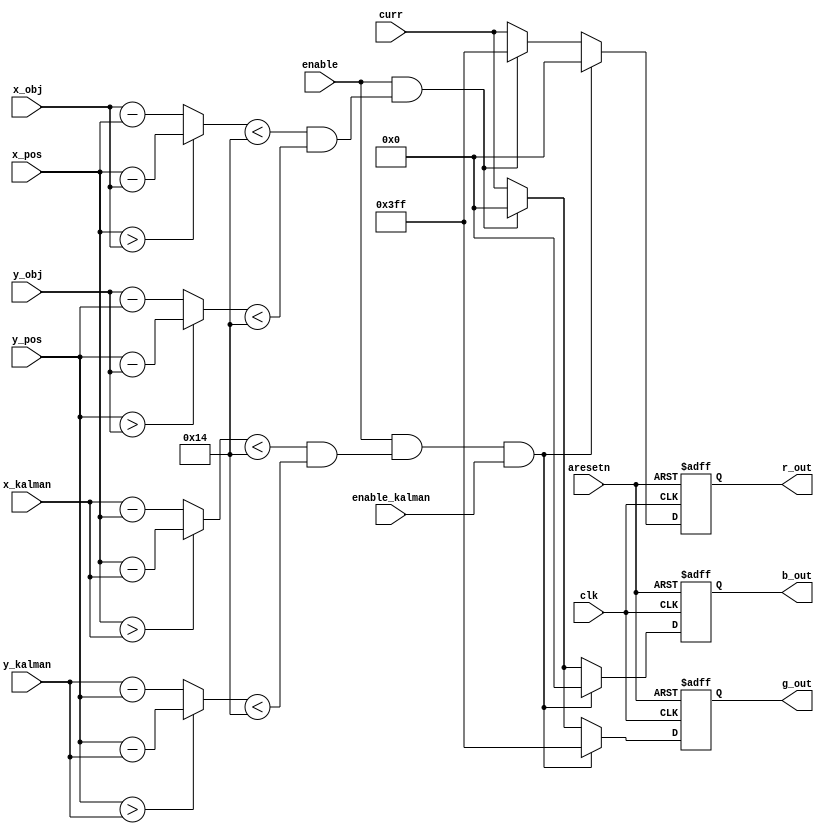
module color_position # (
	parameter THRESHOLD   = 20,
	parameter COLOR_WIDTH = 10,
	parameter DISP_WIDTH  = 11
)(
	input wire clk, 
	input wire aresetn,
	input wire enable,
	input wire enable_kalman,
	input wire [(COLOR_WIDTH-1):0] curr,
	input wire [(DISP_WIDTH-1):0] x_pos,
	input wire [(DISP_WIDTH-1):0] y_pos,
	input wire [(DISP_WIDTH-1):0] x_obj,
	input wire [(DISP_WIDTH-1):0] y_obj,
	input wire [(DISP_WIDTH-1):0] x_kalman,
	input wire [(DISP_WIDTH-1):0] y_kalman,
	output wire [(COLOR_WIDTH-1):0] r_out,
	output wire [(COLOR_WIDTH-1):0] g_out,
	output wire [(COLOR_WIDTH-1):0] b_out
);
wire 					vga_is_object;
wire [(DISP_WIDTH-1):0] x_diff;
wire [(DISP_WIDTH-1):0] y_diff;
wire 					vga_is_kalman;
wire [(DISP_WIDTH-1):0] x_diff2;
wire [(DISP_WIDTH-1):0] y_diff2;
reg [(COLOR_WIDTH-1):0] int_r_out;
reg [(COLOR_WIDTH-1):0] int_g_out;
reg [(COLOR_WIDTH-1):0] int_b_out;
assign r_out = int_r_out;
assign g_out = int_g_out;
assign b_out = int_b_out;
assign x_diff		 = (x_pos > x_obj) ? x_pos - x_obj : x_obj - x_pos;
assign y_diff		 = (y_pos > y_obj) ? y_pos - y_obj : y_obj - y_pos;
assign vga_is_object = (x_diff < THRESHOLD) & (y_diff < THRESHOLD);
assign x_diff2		 = (x_pos > x_kalman) ? x_pos - x_kalman : x_kalman - x_pos;
assign y_diff2		 = (y_pos > y_kalman) ? y_pos - y_kalman : y_kalman - y_pos;
assign vga_is_kalman = (x_diff2 < THRESHOLD) & (y_diff2 < THRESHOLD);
always @(posedge clk or negedge aresetn) begin
	if (~aresetn)
		begin
			int_r_out <= 'd0;
			int_g_out <= 'd0;
			int_b_out <= 'd0;			
		end
	else if (enable & vga_is_kalman & enable_kalman)
		begin
			int_r_out <= {COLOR_WIDTH {1'b0}};
			int_g_out <= {COLOR_WIDTH {1'b1}};
			int_b_out <= {COLOR_WIDTH {1'b0}};
		end
	else if (enable & vga_is_object)
		begin
			int_r_out <= {COLOR_WIDTH {1'b1}};
			int_g_out <= {COLOR_WIDTH {1'b0}};
			int_b_out <= {COLOR_WIDTH {1'b0}};
		end
	else
		begin
			int_r_out <= curr;
			int_g_out <= curr;
			int_b_out <= curr;
		end
end
endmodule